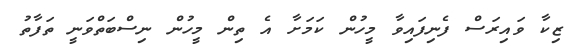
ޒިކާ ވައިރަސް ފެނިިފައިވާ މީހުން ކަމަށާ އެ ތިން މީހުން ނިސްބަތްވަނީ ތަފާތު